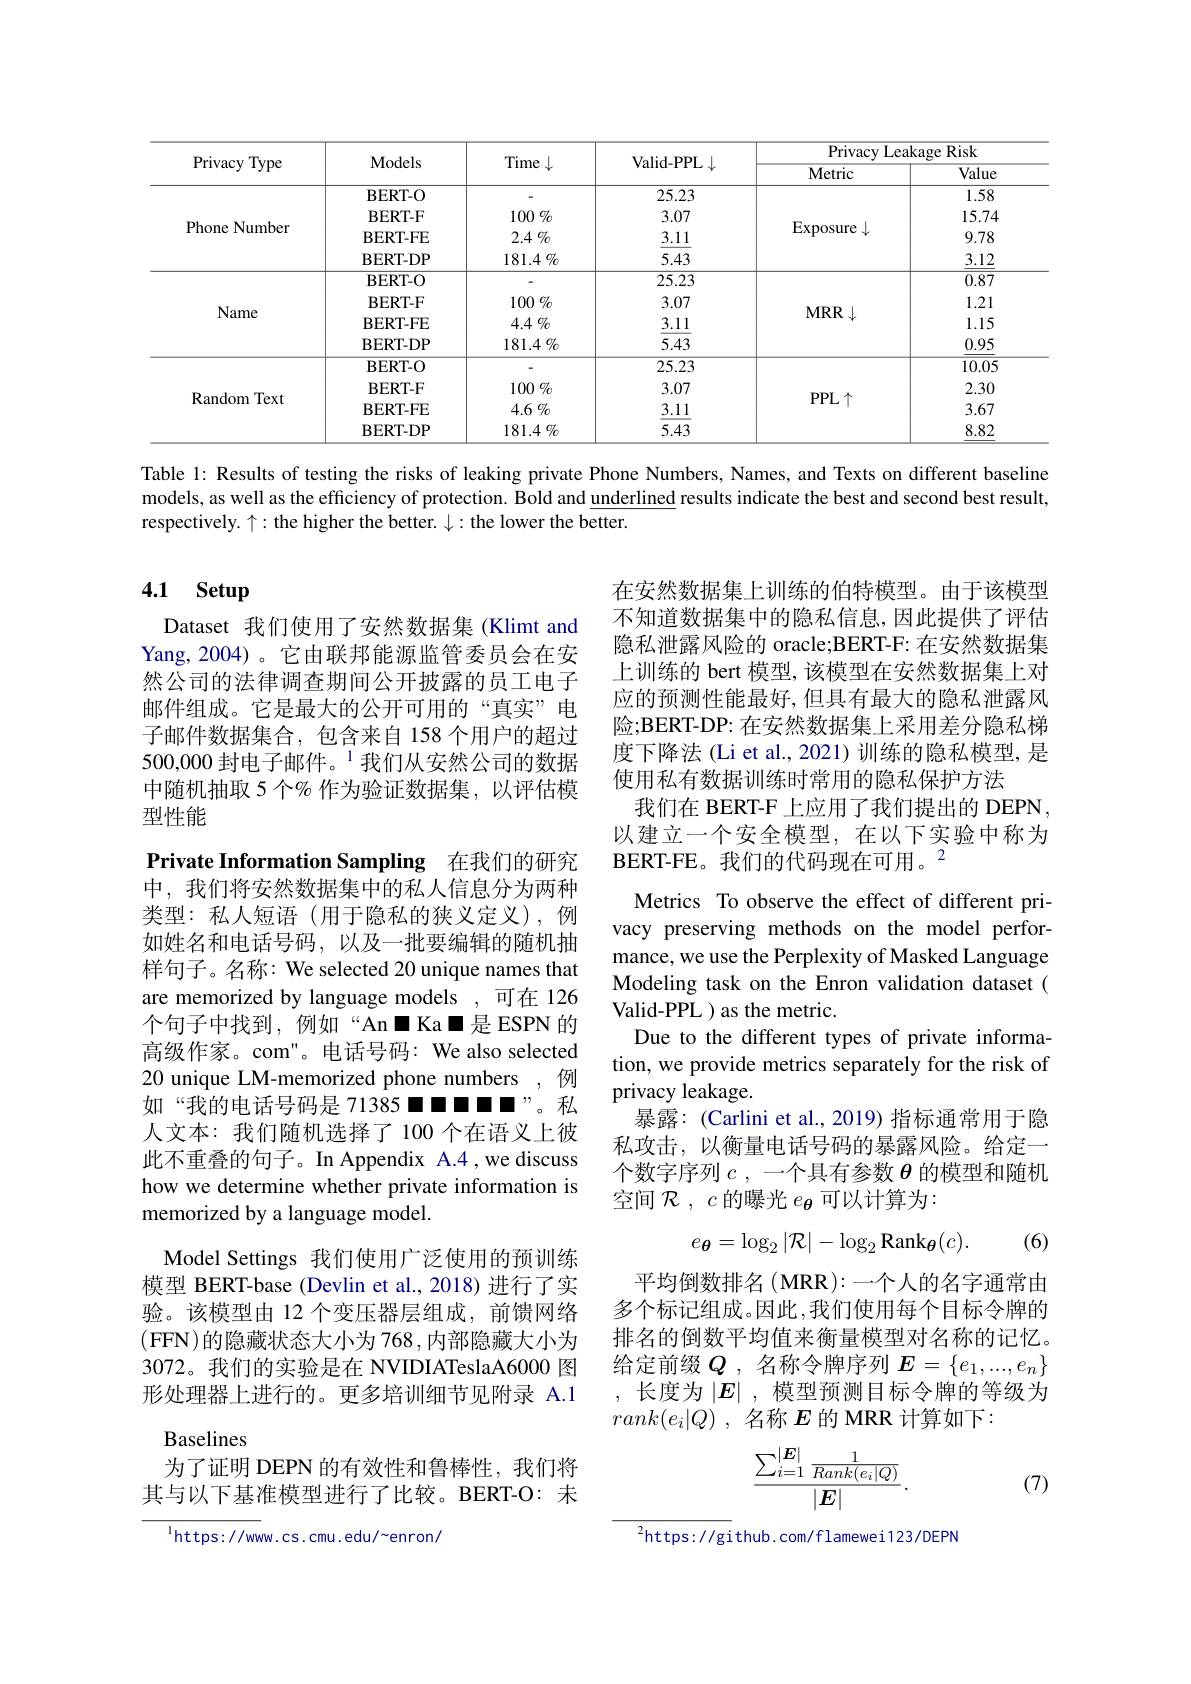
<table>
	<tbody>
		<tr>
			<th rowspan="2">Privacy Type</th>
			<th rowspan="2">Models</th>
			<th rowspan="2">Time · </th>
			<th rowspan="2">Valid- PPL$\downarrow$</th>
			<th colspan="2">${\mathrm{Privacy~Leakage~Risk}}$</th>
		</tr>
		<tr>
			<th>Metric</th>
			<th>Value</th>
		</tr>
		<tr>
			<td>Phone Number</td>
			<td>$\mathbf{BERT-O}$ BERT- F BERT-FE $BERT-DP$</td>
			<td>- $100\%$ $2.4\%$ $181.4\%$</td>
			<td>25.23 3.07 3.11 5.43</td>
			<td>Exposure</td>
			<td>1.58 15.74 9.78 3.12</td>
		</tr>
		<tr>
			<td>Name</td>
			<td>$\mathbf{BERT-O}$ BERT- F BERT-FE $BERT-DP$</td>
			<td>$^{-1}$ $100\%$ $4.4\%$ $181.4\%$</td>
			<td>25.23 3.07 3.11 5.43</td>
			<td>$MRR$</td>
			<td>0.87 1.21 1.15 0.95</td>
		</tr>
		<tr>
			<td>Random Text</td>
			<td>$BERT-O$ BERT- F BERT-FE BERT-DP</td>
			<td>- $100\%$ $4.6\%$ $181.4\%$</td>
			<td>25.23 3.07 3.11 5.43</td>
			<td>$PPL\uparrow$</td>
			<td>10.05 2.30 3.67 8.82</td>
		</tr>
	</tbody>
</table>

Table 1: Results of testing the risks of leaking private Phone Numbers, Names, and Texts on different baseline models, as well as the efficiency of protection. Bold and underlined results indicate the best and second best result, respectively. $\uparrow:$ the higher the better. $\downarrow:$ the lower the better.

# 4.1 Setup

Dataset 我们使用了安然数据集 (Klimt and Yang,2004)。它由联邦能源监管委员会在安然公司的法律调查期间公开披露的员工电子邮件组成。它是最大的公开可用的“真实”电子邮件数据集合，包含来自 158 个用户的超过500,000 封电子邮件。$^{1}$我们从安然公司的数据中随机抽取 5 个% 作为验证数据集，以评估模型性能

Private Information Sampling 在我们的研究

在安然数据集上训练的伯特模型。由于该模型不知道数据集中的隐私信息，因此提供了评估隐私泄露风险的 oracle;BERT-F: 在安然数据集上训练的 bert 模型，该模型在安然数据集上对应的预测性能最好，但具有最大的隐私泄露风险；BERT-DP: 在安然数据集上采用差分隐私梯度下降法 (Li et al., 2021) 训练的隐私模型，是使用私有数据训练时常用的隐私保护方法
我们在 BERT-F 上应用了我们提出的 DEPN, 以建立一个安全模型，在以下实验中称为$\mathrm{BERT-FE。我们的代码现在可用。}^{2}$
Metrics To observe the effect of different privacy preserving methods on the model performance, we use the Perplexity of Masked Language Modeling task on the Enron validation dataset ( Valid-PPL ) as the metric.
Due to the different types of private information, we provide metrics separately for the risk of privacy leakage.
暴露：(Carlini et al., 2019) 指标通常用于隐私攻击，以衡量电话号码的暴露风险。给定一个数字序列$c$,一个具有参数$\theta$的模型和随机空间$\mathcal{R},c$的曝光$e_{\boldsymbol{\theta}}$可以计算为：

中，我们将安然数据集中的私人信息分为两种类型：私人短语(用于隐私的狭义定义),例如姓名和电话号码，以及一批要编辑的随机抽样句子。名称：We selected 20 unique names that are memorized by language models ,可在 126个句子中找到，例如“An◼Ka◼是ESPN的高级作家。com"。电话号码：We also selected 20 unique LM-memorized phone numbers ,例如“我的电话号码是 71385◼◼◼◼”。私人文本：我们随机选择了100个在语义上彼此不重叠的句子。In Appendix A.4,we discuss how we determine whether private information is memorized by a language model.
Model Settings 我们使用广泛使用的预训练模型 BERT-base (Devlin et al., 2018) 进行了实验。该模型由 12 个变压器层组成，前馈网络(FFN)的隐藏状态大小为 768,内部隐藏大小为3072。我们的实验是在 NVIDIATeslaA6000 图形处理器上进行的。更多培训细节见附录 A.1 Baselines
为了证明 DEPN 的有效性和鲁棒性，我们将其与以下基准模型进行了比较。BERT-O: 未
$$e_{\boldsymbol{\theta}}=\log_{2}|\mathcal{R}|-\log_{2}\mathrm{Rank}_{\boldsymbol{\theta}}(c).$$
(6)

平均倒数排名(MRR):一个人的名字通常由多个标记组成。因此，我们使用每个目标令牌的排名的倒数平均值来衡量模型对名称的记忆。给定前缀$Q$ ,名称令牌序列$E=\{e_1,...,e_n\}$ ,长度为$\left|\boldsymbol{E}\right|$,模型预测目标令牌的等级为$rank( e_i| Q)$ ,名称$E$的 MRR 计算如下：
$$\frac{\sum_{i=1}^{|\boldsymbol{E}|}\frac{1}{Rank(e_i|Q)}}{|\boldsymbol{E}|}.$$
(7)

$^{1}$https://www.cs.cmu.edu/~enron/

$^{2}$https://github.com/flamewei123/DEPN